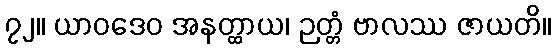
၇၂။ ယာဝဒေဝ အနတ္ထာယ၊ ဉတ္တံ ဗာလဿ ဇာယတိ။